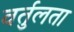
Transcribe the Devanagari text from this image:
वर्तुलता